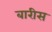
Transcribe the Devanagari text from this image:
बारीस